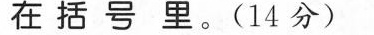
在括号里。(14分)